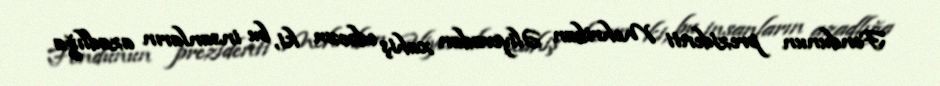
Fondunun prezidenti Mehriban Əliyevadan xahiş edəcəm ki, bu insanların azadlığa